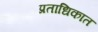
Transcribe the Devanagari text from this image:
प्रताधिकात